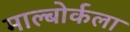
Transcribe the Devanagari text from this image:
माल्बोर्कला